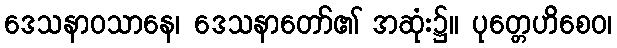
ဒေသနာဝသာနေ၊ ဒေသနာတော်၏ အဆုံး၌။ ပုတ္တေဟိစေဝ၊